Magi,_Artur, lk 76
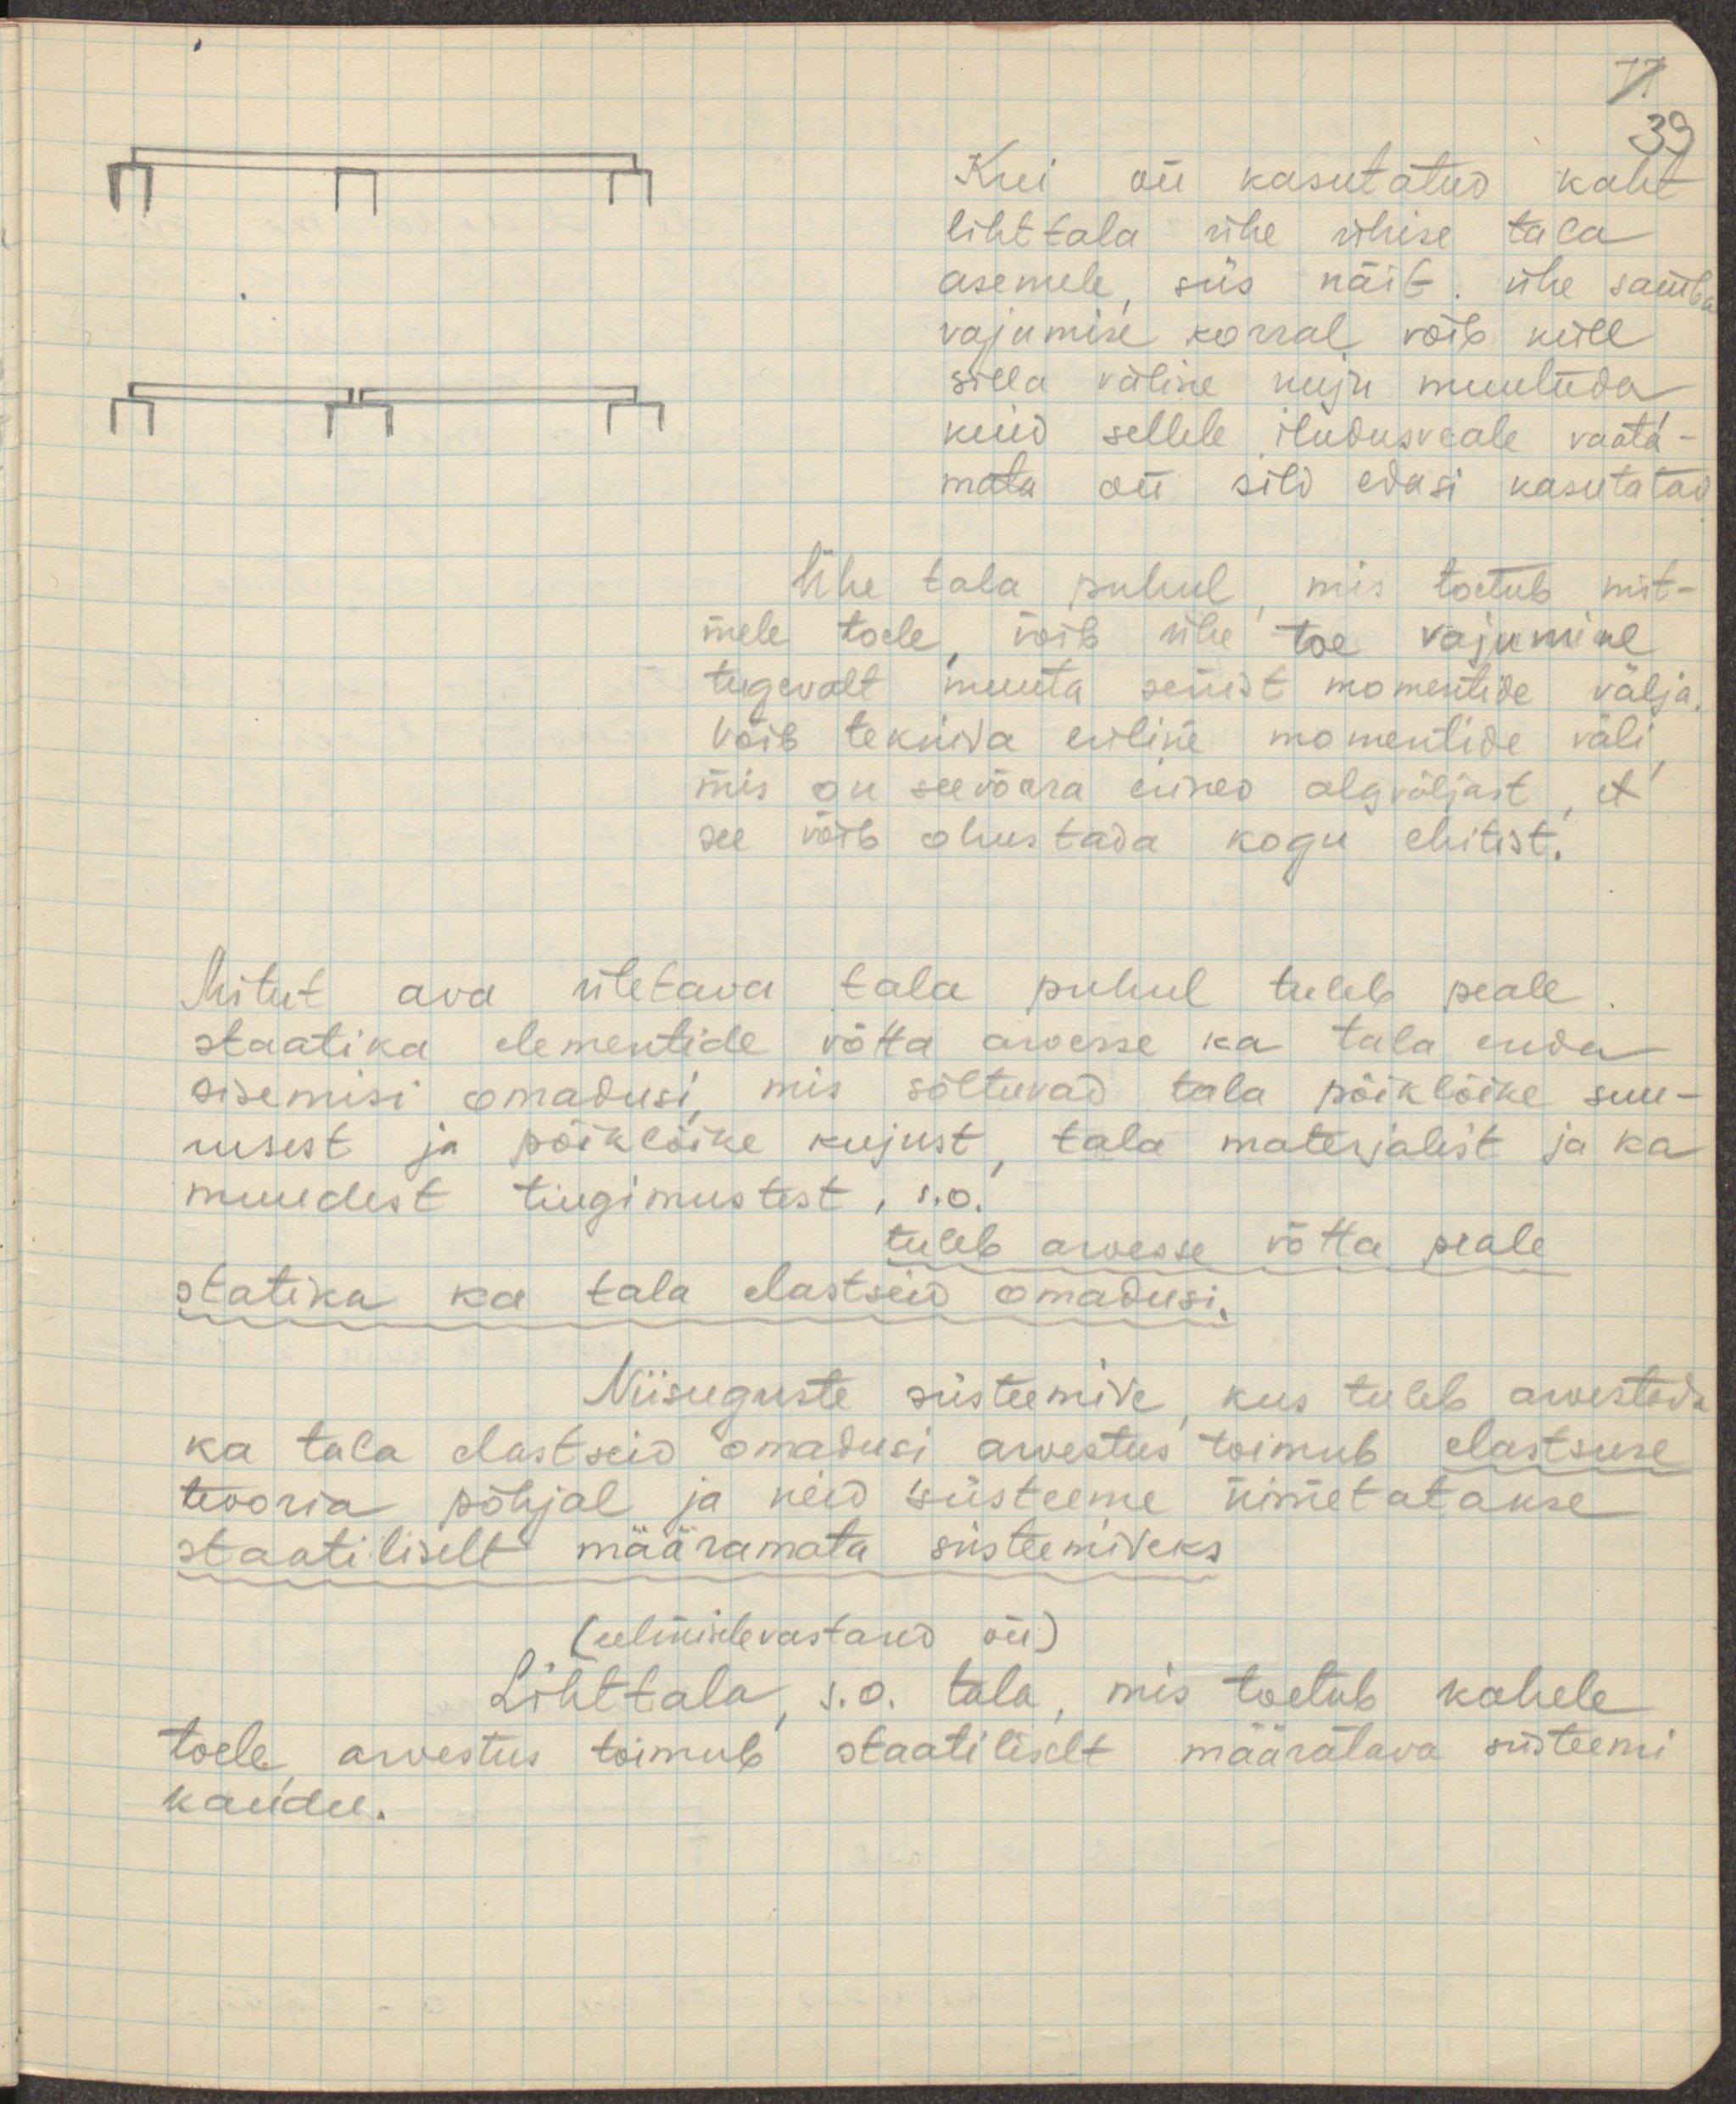
77.
39
Kui on kasutatud kaht
lihttala ühe ühise tala
asemele, siis näit. ühe samba
vajumise korral võib küll
silla väline kuju muutuda,
kuid sellele iludusveale vaata-
mata on sild edasi kasutatav.
Ühe tala puhul, mis toetub mit-
mele toele, võib ühe toe vajumine
tugevalt muuta senist momentide välja.
Võib tekkida eriline momentide väli,
mis on seevõrra erinev algväljast, et
see võib ohustada kogu ehitist.
Mitut ava ületava tala puhul tuleb peale
staatika elementide võtta arvesse ka tala enda
sisemisi omadusi, mis sõltuvad tala põiklõike suu-
rusest ja põiklõike kujust, tala materjalist ja ka
muudest tingimustest, s.o.
tuleb arvesse võtta peale
statika ka tala elastseid omadusi.
Niisuguste süsteemide, kus tuleb arvestada
ka tala elastseid omadusi, arvestus toimub elastsuse
teooria põhjal ja neid süsteeme nimetatakse
staatiliselt määramata süsteemideks
(eelmisele vastased on)
Lihttala, s.o. tala, mis toetub kahele
toele, arvestus toimub staatiliselt määratava süsteemi
kaudu.